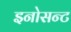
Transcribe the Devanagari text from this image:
इनोसन्ट